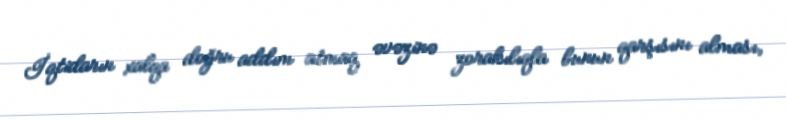
İqtidarın xalqa doğru addım atmaq əvəzinə zorakılıqla bunun qarşısını alması,